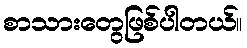
စာသားတွေဖြစ်ပါတယ်။